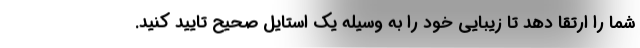
شما را ارتقا دهد تا زیبایی خود را به وسیله یک استایل صحیح تایید کنید.